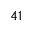
^ { 4 1 }